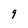
Character: 9